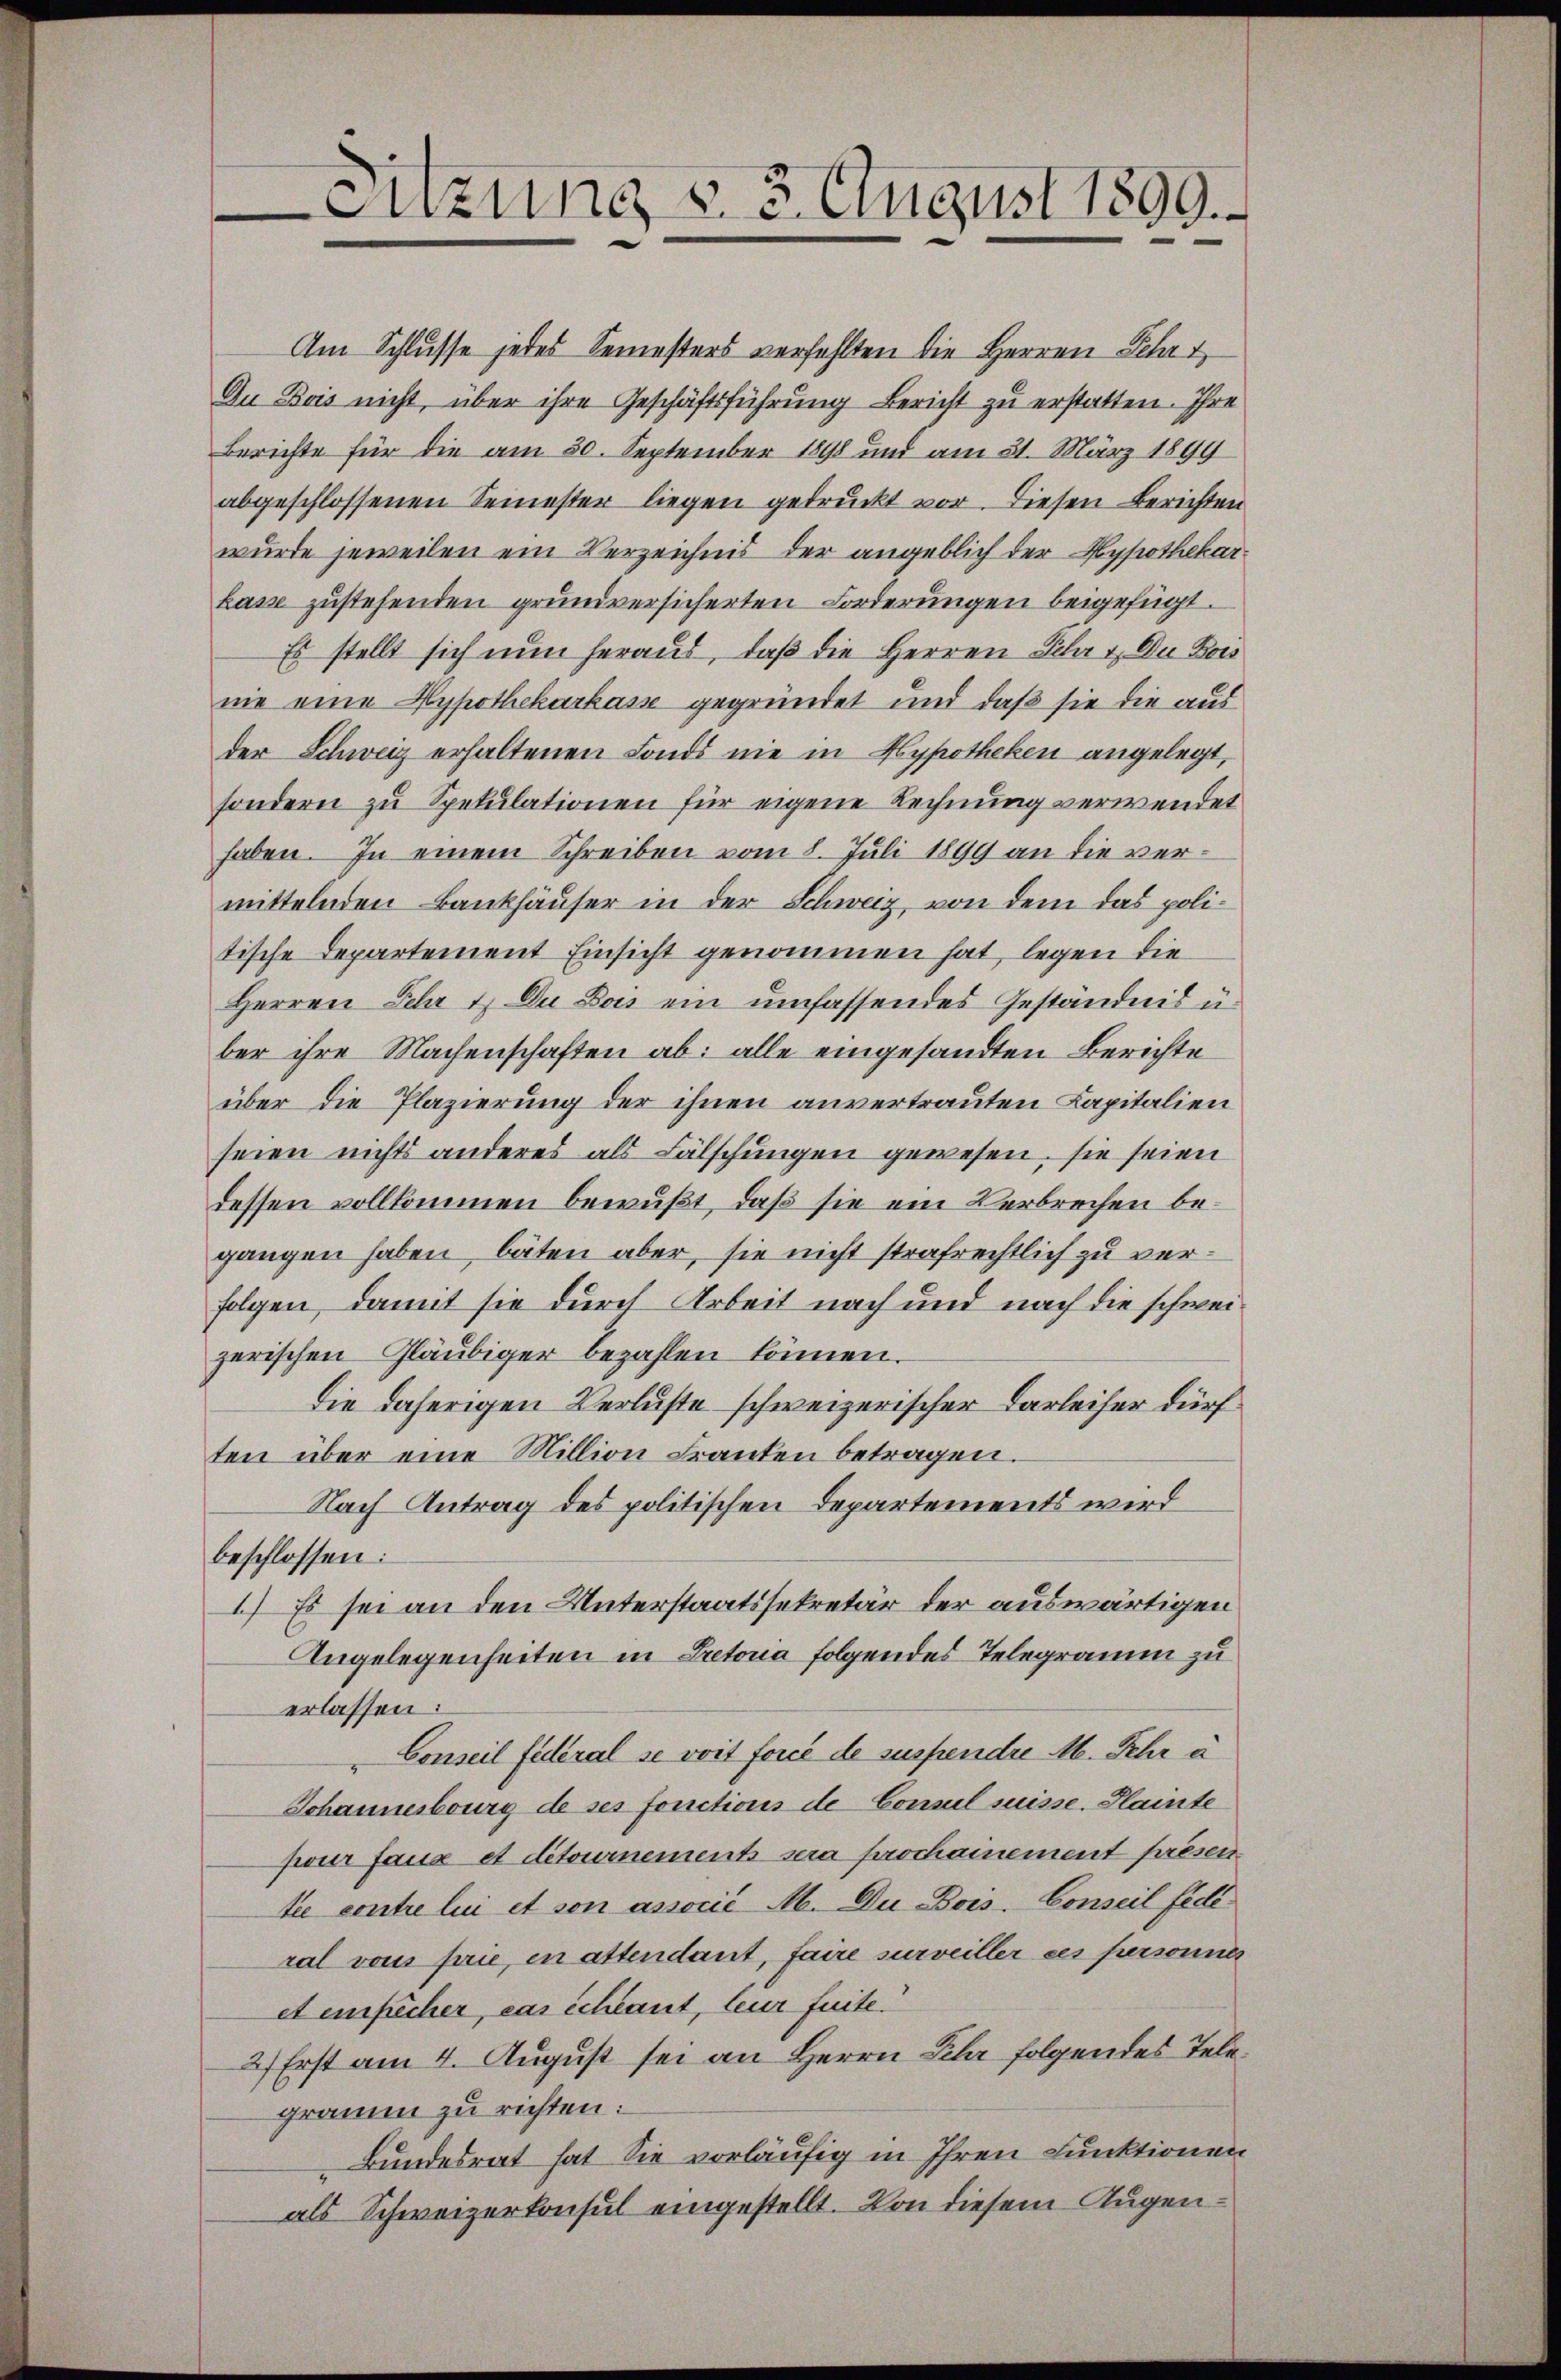
Enzung d. 3. August 1899.

Am Schlusse jedes Semesters verfehlten die Herren Sehr t
Du Bois nicht, über ihre Geschäftsführung Bericht zu erstatten. Ihre
Berichte für die am 30. September 1898 und am 31. März 1899
abgeschlossenen Semester liegen gedruckt vor. Diesen Berichten
wurde jeweilen ein Verzeichnis der angeblich der Hypothekarkasse zustehenden grundversicherten Forderungen beigefügt.
Es stellt sich nun heraus, daß die Herren Fehr u. Du Bois
nie eine Hypothekarkasse gegründet und daß sie die aus
der Schweiz erhaltenen Fonds nie in Hypotheken angelegt,
sondern zu Spekulationen für eigene Rechnung verwendet
haben. In einem Schreiben vom 8. Juli 1899 an die vermittelnden Bankhäuser in der Schweiz, von dem das politische Departement Einsicht genommen hat, legen die
Herren Fehr u. Du Bois ein umfassendes Geständnis u.
ber ihre Machenschaften ab: alle eingesandten Berichte
über die Plazierung der ihnen anvertrauten Kapitalien
seien nichts anderes als Fälschungen gewesen, sie seien
dessen vollkommen bewußt, daß sie ein Verbrechen begangen haben bäten aber, sie nicht strafrechtlich zu verfolgen, damit sie durch Arbeit nach und nach die schweizerischen Gläubiger bezahlen können.
Die daherigen Verluste schweizerischer Darleiher durf
ten über eine Million Franken betragen.
Nach Antrag des politischen Departements wird
beschlossen:
1.) Es sei an den Unterstaatssekretär der auswärtigen
Angelegenheiten in Betona folgendes Telegramm zu
erlassen:
Conseil federal se voit forcé de suspendre M. Sehr u
Johannesbourg de ses fonctions de Consul suisse. Klamte
pour faux et détournements sera prochamement presen
te contre lui et son associé M. Du Bois-Conseil fede
ral vons parie, in attendant, faire surveiller ces personner
et empicher, cas schlaut, leur faite.
2) Erst am 4. August sei an Herrn Lehr folgendes Telegramm zu richten:
Bundesrat hat. Sie vorläufig in Ihren Funktionen
als Schweizerkonsul eingestellt. Von diesem Augen¬